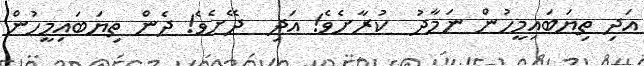
އަދި ތިޔަބައިމީހުން ނަމާދު  ކުރާށެވެ! އަދި  ދޭށެވެ! ދެން ތިޔަބައިމީހުން